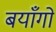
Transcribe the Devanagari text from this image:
बयाँगों